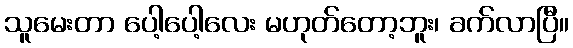
သူမေးတာ ပေါ့ပေါ့လေး မဟုတ်တော့ဘူး၊ ခက်လာပြီ။